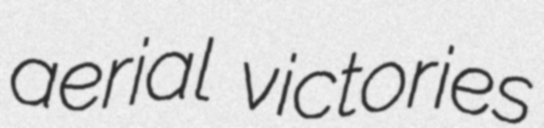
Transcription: aerial victories